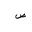
Letter: _sad